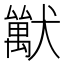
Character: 𤢚